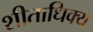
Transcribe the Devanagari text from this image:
शीताधिक्य